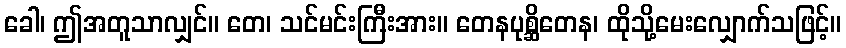
ခေါ၊ ဤအတူသာလျှင်။ တေ၊ သင်မင်းကြီးအား။ တေနပုစ္ဆိတေန၊ ထိုသို့မေးလျှောက်သဖြင့်။